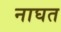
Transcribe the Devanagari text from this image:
नाघत